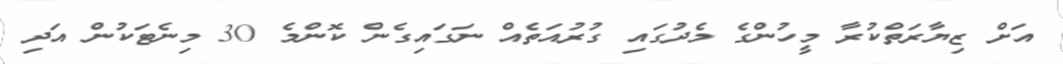
އަށް ޒިޔާރަތްކުރާ މީހުންގެ މެދުގައި ގުރުއަތެއް ނަގައިގެން ކޮންމެ 30 މިނެޓަކުން އަދި